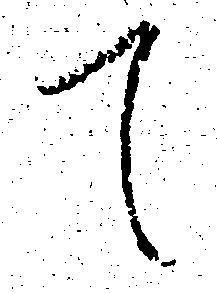
て